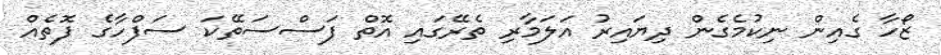
ޒޯހާ ގެއިން ނިކުމެގެން ދިޔައިރު އަލަމާރި ތެރޭގައި އޮތް ފަސްސަތޭކަ ސަފްހާގެ ފޮތެއް